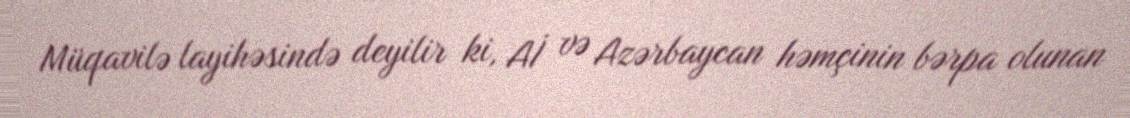
Müqavilə layihəsində deyilir ki, Aİ və Azərbaycan həmçinin bərpa olunan